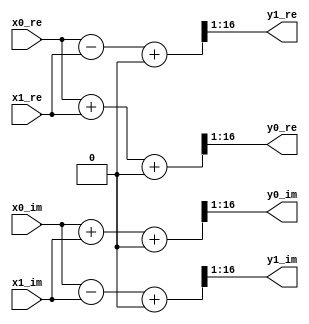
// This program was cloned from: https://github.com/nanamake/r22sdf
// License: MIT License

//----------------------------------------------------------------------
//  Butterfly: Add/Sub and Scaling
//----------------------------------------------------------------------
module Butterfly #(
    parameter   WIDTH = 16,
    parameter   RH = 0  //  Round Half Up
)(
    input   signed  [WIDTH-1:0] x0_re,  //  Input Data #0 (Real)
    input   signed  [WIDTH-1:0] x0_im,  //  Input Data #0 (Imag)
    input   signed  [WIDTH-1:0] x1_re,  //  Input Data #1 (Real)
    input   signed  [WIDTH-1:0] x1_im,  //  Input Data #1 (Imag)
    output  signed  [WIDTH-1:0] y0_re,  //  Output Data #0 (Real)
    output  signed  [WIDTH-1:0] y0_im,  //  Output Data #0 (Imag)
    output  signed  [WIDTH-1:0] y1_re,  //  Output Data #1 (Real)
    output  signed  [WIDTH-1:0] y1_im   //  Output Data #1 (Imag)
);

wire signed [WIDTH:0]   add_re, add_im, sub_re, sub_im;

//  Add/Sub
assign  add_re = x0_re + x1_re;
assign  add_im = x0_im + x1_im;
assign  sub_re = x0_re - x1_re;
assign  sub_im = x0_im - x1_im;

//  Scaling
assign  y0_re = (add_re + RH) >>> 1;
assign  y0_im = (add_im + RH) >>> 1;
assign  y1_re = (sub_re + RH) >>> 1;
assign  y1_im = (sub_im + RH) >>> 1;

endmodule